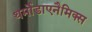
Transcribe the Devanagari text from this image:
थर्मोडाएनैमिक्स